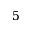
5